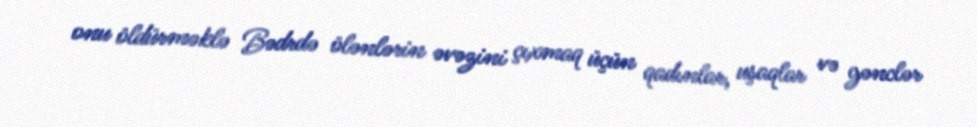
onu öldürməklə Bədrdə ölənlərin əvəzini çıxmaq üçün qadınlar, uşaqlar və gənclər